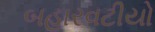
બહારવટીયો